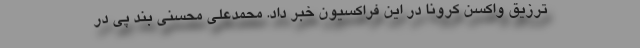
ترزیق واکسن کرونا در این فراکسیون خبر داد. محمدعلی محسنی بند پی در